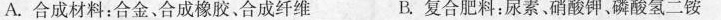
A.合成材料：合金、合成橡胶。合成纤维 B.复合肥料：尿素、硝酸钾、磷酸氢二铵